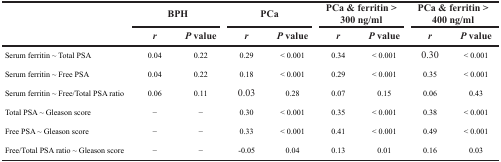
<table><thead><tr><td rowspan="2"></td><td colspan="2"><b>BPH</b></td><td colspan="2"><b>PCa</b></td><td colspan="2"><b>PCa &amp; ferritin &gt; 300 ng/ml</b></td><td colspan="2"><b>PCa &amp; ferritin &gt; 400 ng/ml</b></td></tr><tr><td><b><i>r</i></b></td><td><b><i>P</i> value</b></td><td><b><i>r</i></b></td><td><b><i>P</i> value</b></td><td><b><i>r</i></b></td><td><b><i>P</i> value</b></td><td><b><i>r</i></b></td><td><b><i>P</i> value</b></td></tr></thead><tbody><tr><td>Serum ferritin ~ Total PSA</td><td>0.04</td><td>0.22</td><td>0.29</td><td>&lt; 0.001</td><td>0.34</td><td>&lt; 0.001</td><td>0.30</td><td>&lt; 0.001</td></tr><tr><td>Serum ferritin ~ Free PSA</td><td>0.04</td><td>0.22</td><td>0.18</td><td>&lt; 0.001</td><td>0.29</td><td>&lt; 0.001</td><td>0.35</td><td>&lt; 0.001</td></tr><tr><td>Serum ferritin ~ Free/Total PSA ratio</td><td>0.06</td><td>0.11</td><td>0.03</td><td>0.28</td><td>0.07</td><td>0.15</td><td>0.06</td><td>0.43</td></tr><tr><td>Total PSA ~ Gleason score</td><td>−</td><td>−</td><td>0.30</td><td>&lt; 0.001</td><td>0.35</td><td>&lt; 0.001</td><td>0.38</td><td>&lt; 0.001</td></tr><tr><td>Free PSA ~ Gleason score</td><td>−</td><td>−</td><td>0.33</td><td>&lt; 0.001</td><td>0.41</td><td>&lt; 0.001</td><td>0.49</td><td>&lt; 0.001</td></tr><tr><td>Free/Total PSA ratio ~ Gleason score</td><td>−</td><td>−</td><td>−0.05</td><td>0.04</td><td>0.13</td><td>0.01</td><td>0.16</td><td>0.03</td></tr></tbody></table>